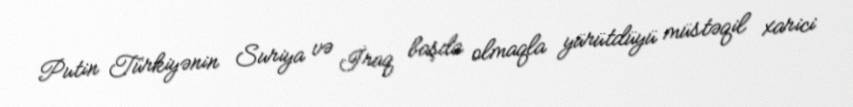
Putin Türkiyənin Suriya və İraq başda olmaqla yürütdüyü müstəqil xarici